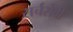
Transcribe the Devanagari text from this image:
सर्चसेवी